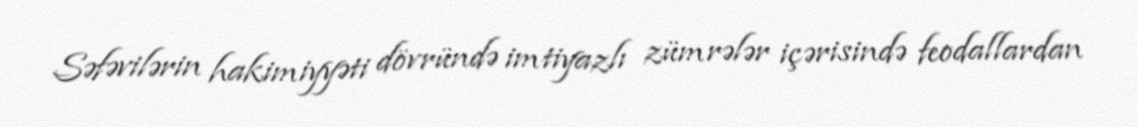
Səfəvilərin hakimiyyəti dövründə imtiyazlı zümrələr içərisində feodallardan